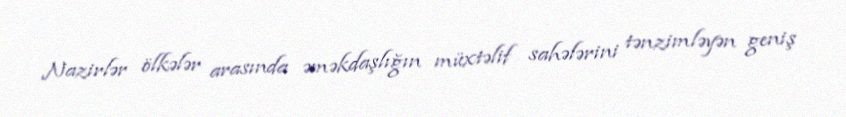
Nazirlər ölkələr arasında əməkdaşlığın müxtəlif sahələrini tənzimləyən geniş